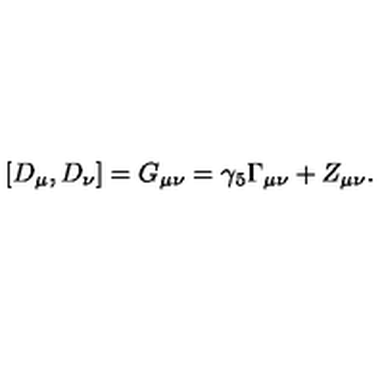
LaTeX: [ D _ { \mu } , D _ { \nu } ] = G _ { \mu \nu } = \gamma _ { 5 } \Gamma _ { \mu \nu } + Z _ { \mu \nu } .